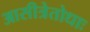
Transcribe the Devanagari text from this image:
आसीत्रेतोधाः